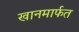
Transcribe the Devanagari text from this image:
खानमार्फत